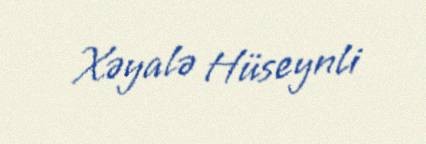
Xəyalə Hüseynli